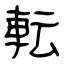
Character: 転